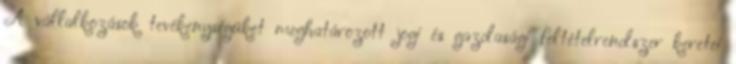
A vállalkozások tevékenységüket meghatározott jogi és gazdasági feltételrendszer keretei